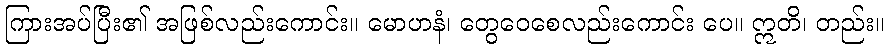
ကြားအပ်ပြီး၏ အဖြစ်လည်းကောင်း။ မောဟနံ၊ တွေဝေစေလည်းကောင်း ပေ။ ဣတိ၊ တည်း။